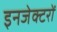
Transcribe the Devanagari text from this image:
इनजेक्टरों